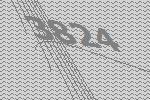
3824